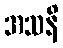
အသနိ